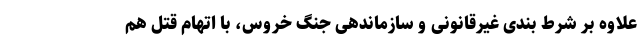
علاوه بر شرط بندی غیرقانونی و سازماندهی جنگ خروس، با اتهام قتل هم